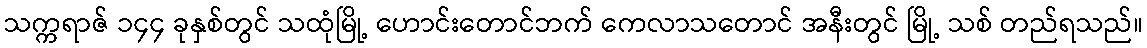
သက္ကရာဇ် ၁၄၄ ခုနှစ်တွင် သထုံမြို့ ဟောင်းတောင်ဘက် ကေလာသတောင် အနီးတွင် မြို့ သစ် တည်ရသည်။